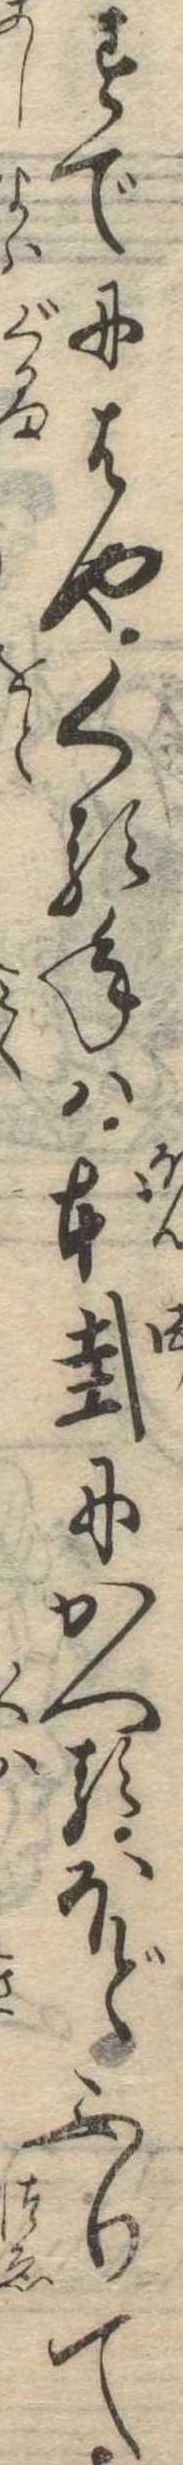
すでにはやくる年は本卦にかへるほどふりて